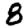
Digit: 8